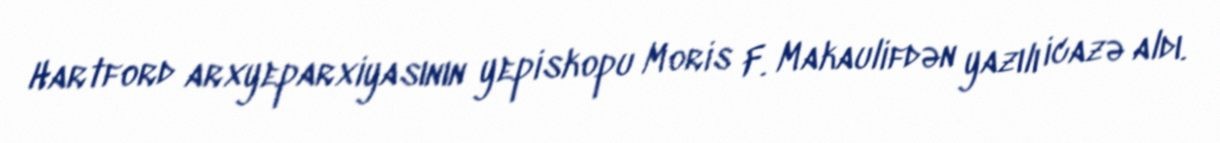
Hartford arxyeparxiyasının yepiskopu Moris F. Makaulifdən yazılı icazə aldı.